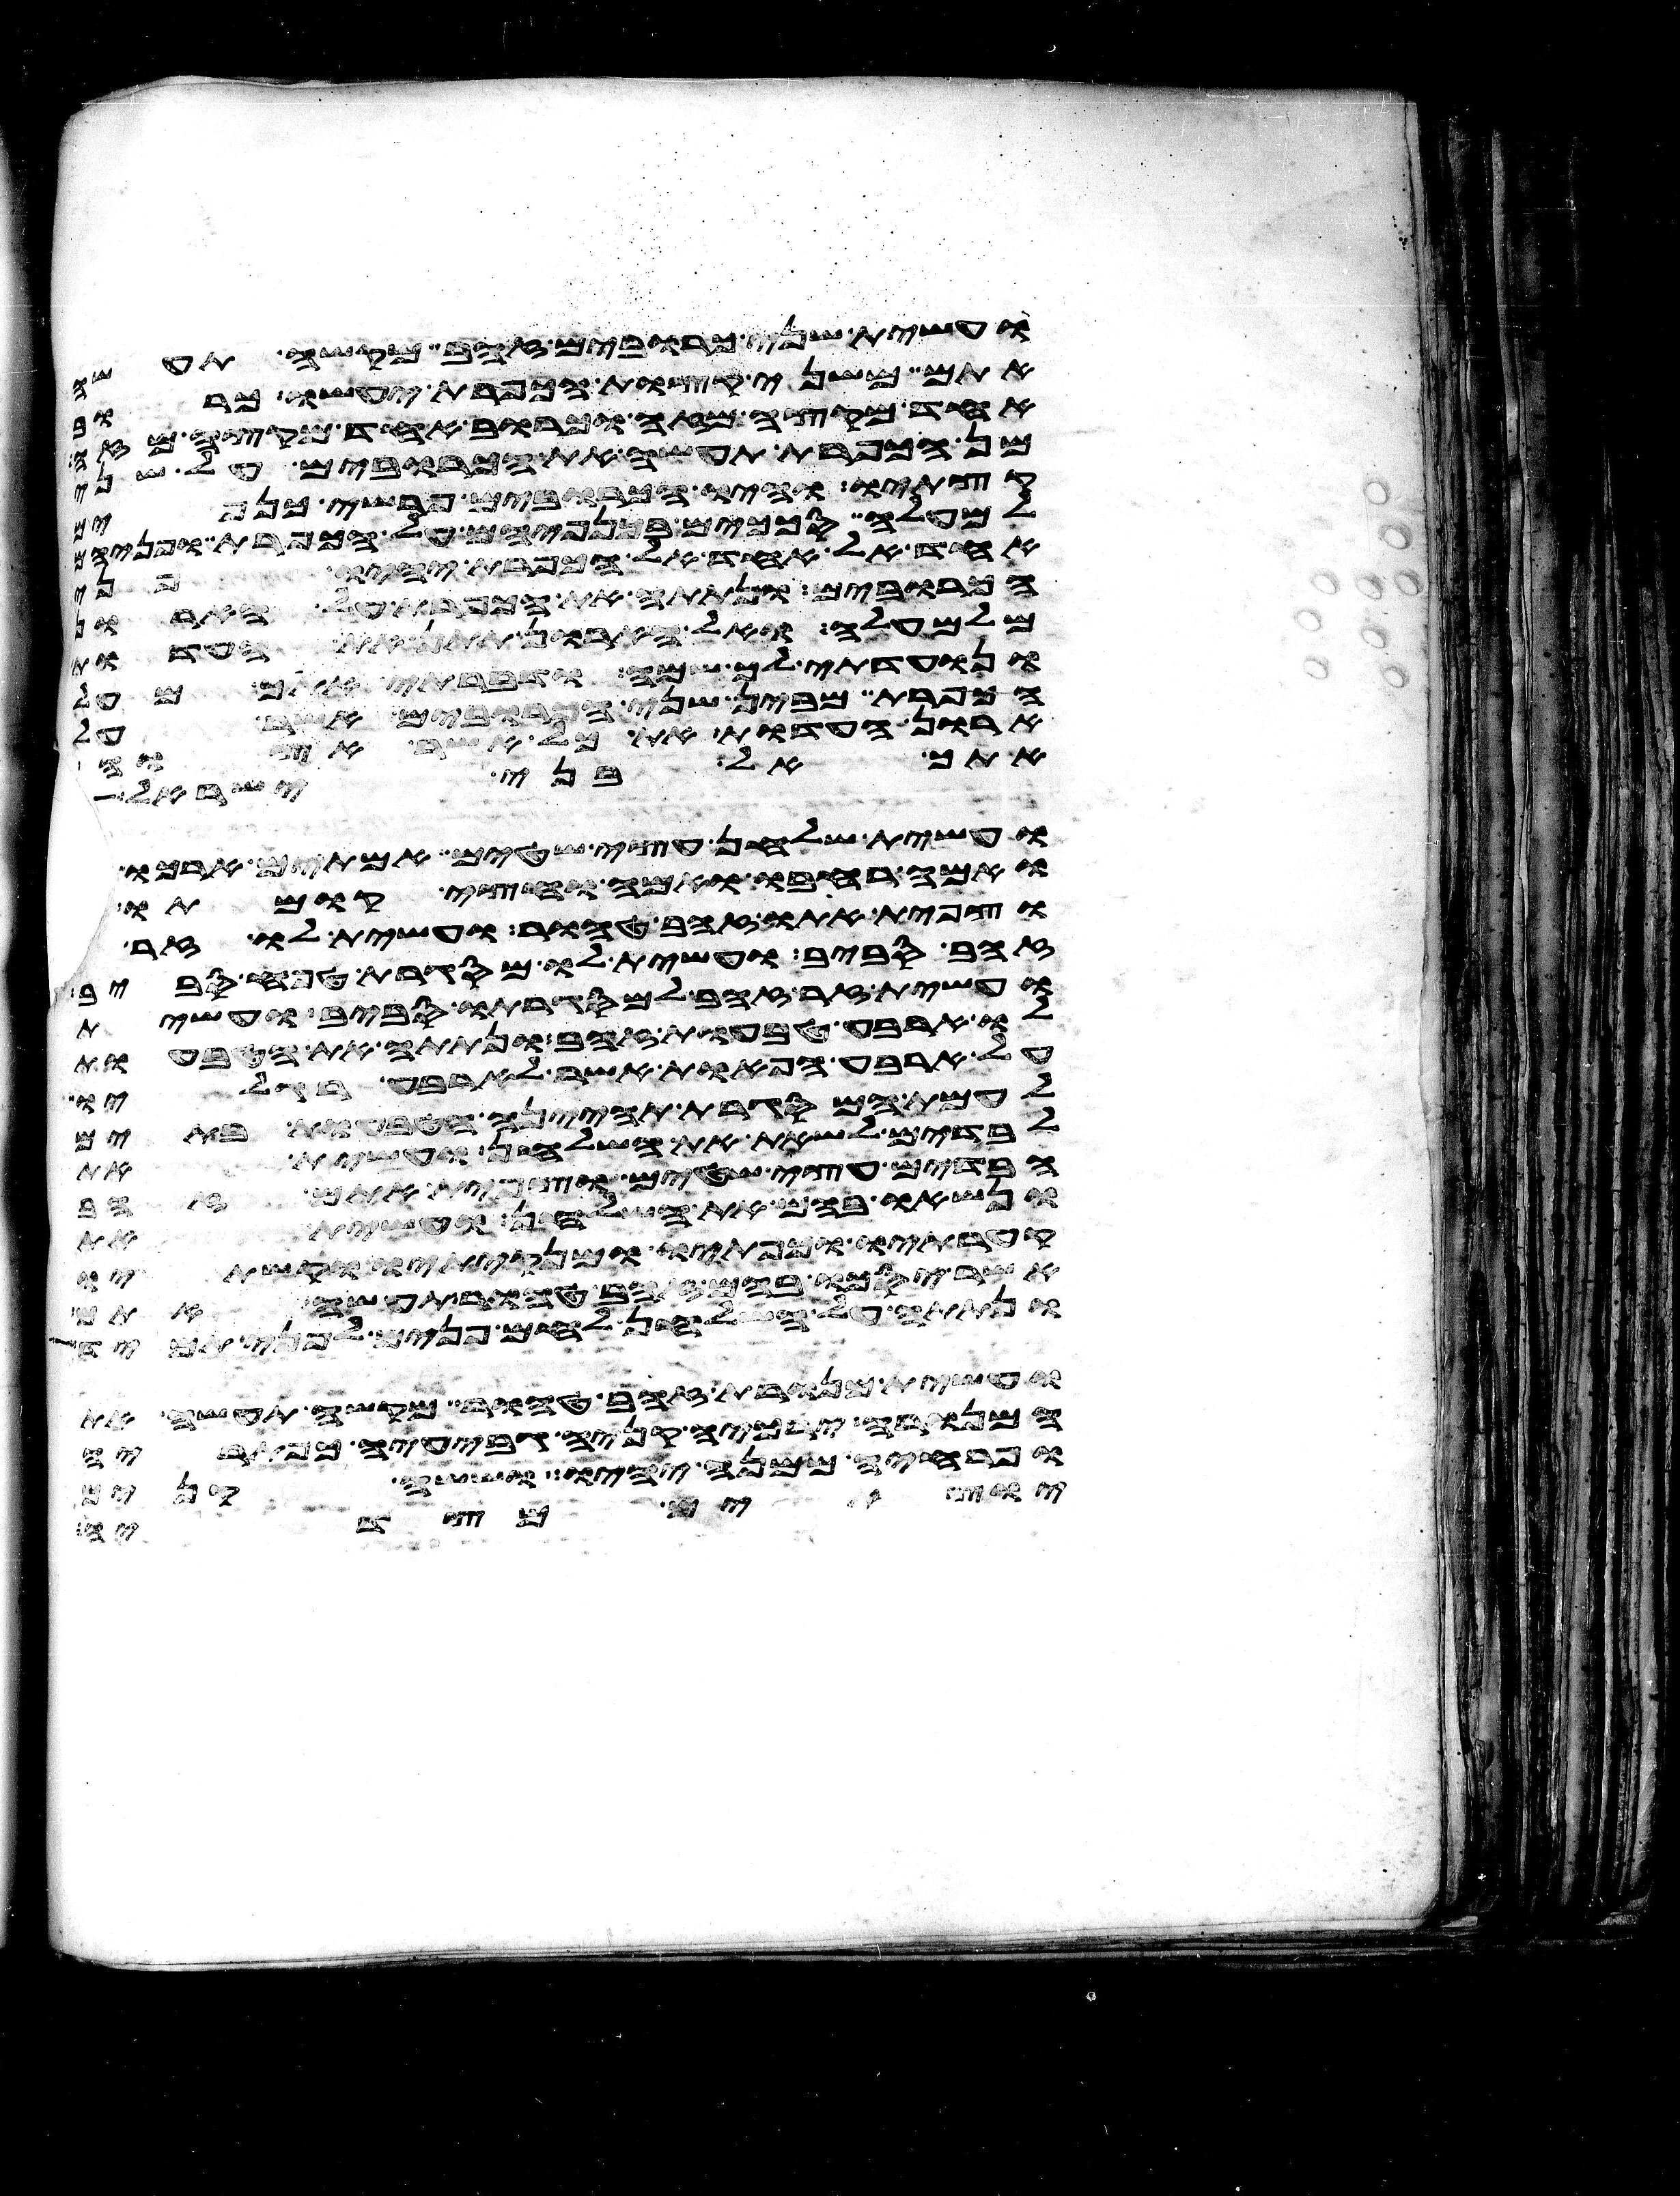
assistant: ועשית שני כרובים זהב מקשה תעשה
אתם משני קצות הכפרת יעשו כרוב
אחד מקצה מזה וכרוב אחד מקצה מזה
מן הכפרת תעשה את הכרובים על
קצתיו והיו הכרובים פרשי כנפים
למעלה סככים בכנפיהם על הכפרת ופניהם
אחד אל אחד אל הכפרת יהיו פני
הכרובים ונתתה את הכפרת על הארון
מלמעלה ואל הארון תתן את העדות
ונועדתי לך שם ודברתי אתך מעל
הכפרת מבין שני הכרובים אשר על
ארון העדות את כל אשר אצוה
אתך אל בני ישראל
ועשית שלחן עצי שטים אמתים ארכו
ואמה רחבו ואמה וחצי קומתו
וצפית אתו זהב טהור ועשית לו זר
זהב סביב ועשית לו מסגרת טפח סביב
ועשית זר זהב למסגרתו סביב ועשית
לו ארבע טבעות זהב ונתתה את הטבעות
על ארבע הפאות אשר לארבע רגליו
לעמת המסגרת תהינה הטבעות בתים
לבדים לשאת את השלחן ועשית את
הבדים עצי שטים וצפית אתם זהב
ונשאו בהם את השלחן ועשית את
קערתיו וכפתיו ומנקיתיו וקשתיו
אשר יסכו בהם זהב טהור תעשה אתם
ונתתה על השלחן לחם פנים לפני תמיד
ועשית מנורת זהב טהור מקשה תעשה את
המנורה ירכיה קניה גביעיה כפתריה
ופרחיה ממנה יהיו וששה קנים
יוצאים מצדיה